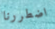
اضطررنا